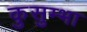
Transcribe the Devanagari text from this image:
कुसुम्भा